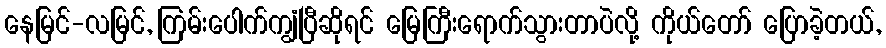
နေမြင်-လမြင်, ကြမ်းပေါက်ကျွံပြီဆိုရင် မြေကြီးရောက်သွားတာပဲလို့ ကိုယ်တော် ပြောခဲ့တယ်,